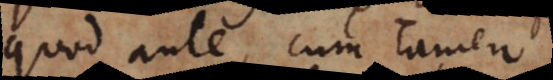
quod ante, cum tamen